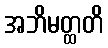
အဘိမတ္ထတိ